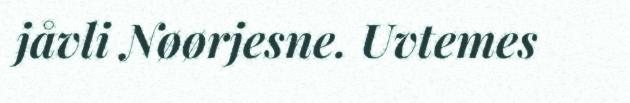
jåvli Nøørjesne. Uvtemes